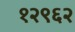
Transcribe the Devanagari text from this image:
१२९६२